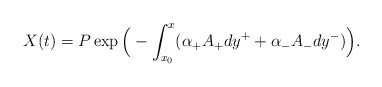
\begin{align*}X(t) = P \exp \Big(- \int_{x_{0}}^x (\alpha_+ A_+ dy^++\alpha_- A_- dy^-) \Big).\end{align*}